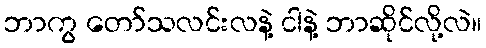
ဘာကွ တော်သလင်းလနဲ့ ငါနဲ့ ဘာဆိုင်လို့လဲ။